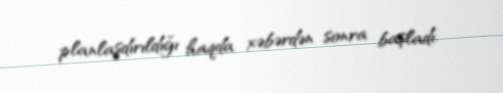
planlaşdırıldığı haqda xəbərdən sonra başladı.